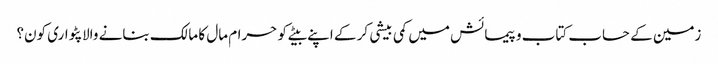
زمین کے حساب کتاب و پیمائش میں کمی بیشی کر کے اپنے بیٹے کو حرام مال کا مالک بنانے والا پٹواری کون؟